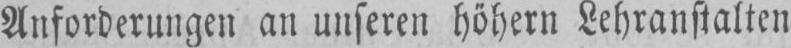
Anforderungen an unseren höhern Lehranstalten